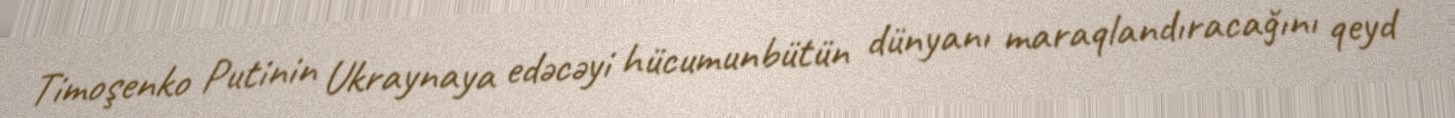
Timoşenko Putinin Ukraynaya edəcəyi hücumunbütün dünyanı maraqlandıracağını qeyd